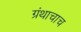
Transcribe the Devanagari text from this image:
ग्रंथाचाच